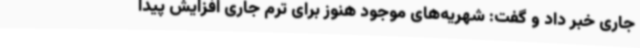
جاری خبر داد و گفت: شهریه‌های موجود هنوز برای ترم جاری افزایش پیدا